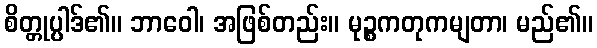
စိတ္တုပ္ပါဒ်၏။ ဘာဝေါ၊ အဖြစ်တည်း။ မုဉ္စကတုကမျတာ၊ မည်၏။